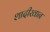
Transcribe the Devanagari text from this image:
शादीखान